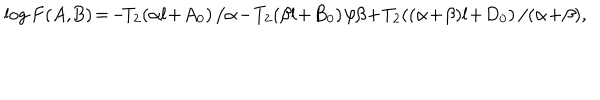
\log F ( A , \! B ) \! = \! - \! T _ { 2 } \! \left( \alpha l \! + \! A _ { 0 } \right) / \alpha \! - \! T _ { 2 } \! \left( \beta l \! + \! B _ { 0 } \right) / \beta \! + \! T _ { 2 } \! \left( ( \alpha \! + \! \beta ) l \! + \! D _ { 0 } \right) / ( \alpha \! + \! \beta ) ,